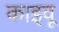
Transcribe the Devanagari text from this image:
काइवू